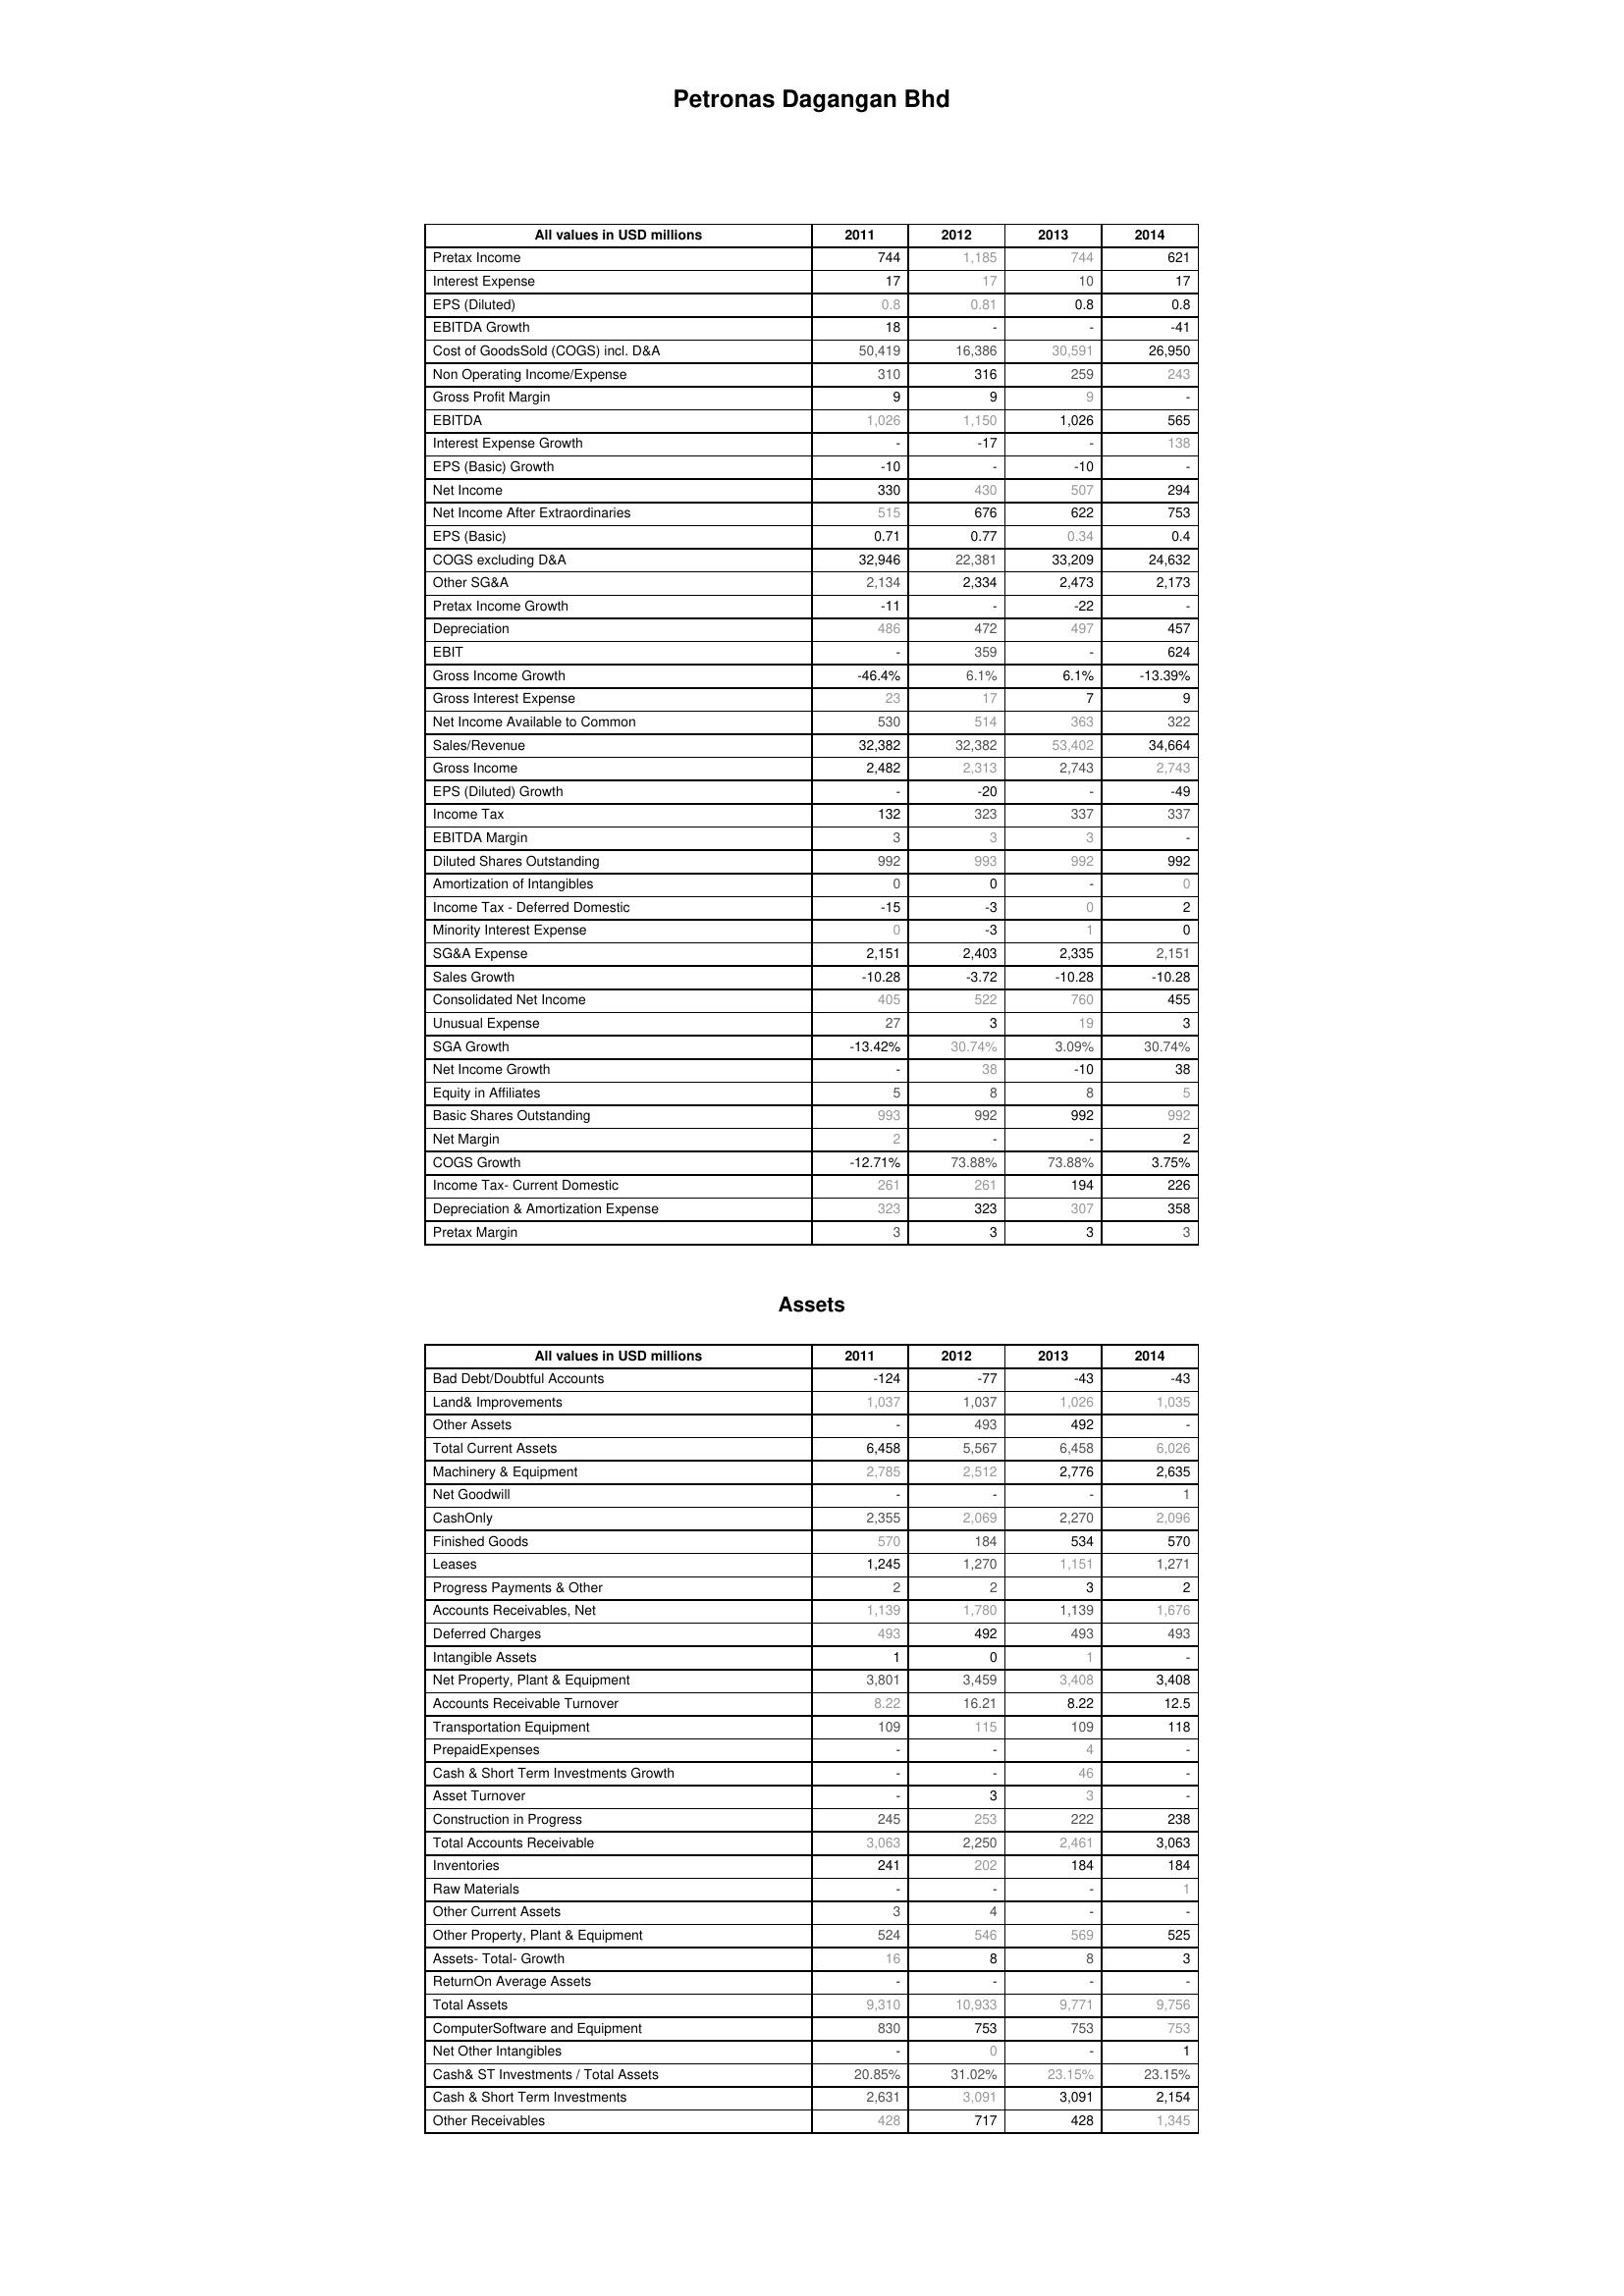
2011: : Pretax Income: 744
Interest Expense: 17
EPS (Diluted): 0.8
EBITDA Growth: 18
Cost of GoodsSold (COGS) incl. D&A: 50,419
Non Operating Income/Expense: 310
Gross Profit Margin: 9
EBITDA: 1,026
Interest Expense Growth: -
EPS (Basic) Growth: -10
Net Income: 330
Net Income After Extraordinaries: 515
EPS (Basic): 0.71
COGS excluding D&A: 32,946
Other SG&A: 2,134
Pretax Income Growth: -11
Depreciation: 486
EBIT: -
Gross Income Growth: -46.4%
Gross Interest Expense: 23
Net Income Available to Common: 530
Sales/Revenue: 32,382
Gross Income: 2,482
EPS (Diluted) Growth: -
Income Tax: 132
EBITDA Margin: 3
Diluted Shares Outstanding: 992
Amortization of Intangibles: 0
Income Tax - Deferred Domestic: -15
Minority Interest Expense: 0
SG&A Expense: 2,151
Sales Growth: -10.28
Consolidated Net Income: 405
Unusual Expense: 27
SGA Growth: -13.42%
Net Income Growth: -
Equity in Affiliates: 5
Basic Shares Outstanding: 993
Net Margin: 2
COGS Growth: -12.71%
Income Tax- Current Domestic: 261
Depreciation & Amortization Expense: 323
Pretax Margin: 3
Assets: Bad Debt/Doubtful Accounts: -124
Land& Improvements: 1,037
Other Assets: -
Total Current Assets: 6,458
Machinery & Equipment: 2,785
Net Goodwill: -
CashOnly: 2,355
Finished Goods: 570
Leases: 1,245
Progress Payments & Other: 2
Accounts Receivables, Net: 1,139
Deferred Charges: 493
Intangible Assets: 1
Net Property, Plant & Equipment: 3,801
Accounts Receivable Turnover: 8.22
Transportation Equipment: 109
PrepaidExpenses: -
Cash & Short Term Investments Growth: -
Asset Turnover: -
Construction in Progress: 245
Total Accounts Receivable: 3,063
Inventories: 241
Raw Materials: -
Other Current Assets: 3
Other Property, Plant & Equipment: 524
Assets- Total- Growth: 16
ReturnOn Average Assets: -
Total Assets: 9,310
ComputerSoftware and Equipment: 830
Net Other Intangibles: -
Cash& ST Investments / Total Assets: 20.85%
Cash & Short Term Investments: 2,631
Other Receivables: 428
2012: : Pretax Income: 1,185
Interest Expense: 17
EPS (Diluted): 0.81
EBITDA Growth: -
Cost of GoodsSold (COGS) incl. D&A: 16,386
Non Operating Income/Expense: 316
Gross Profit Margin: 9
EBITDA: 1,150
Interest Expense Growth: -17
EPS (Basic) Growth: -
Net Income: 430
Net Income After Extraordinaries: 676
EPS (Basic): 0.77
COGS excluding D&A: 22,381
Other SG&A: 2,334
Pretax Income Growth: -
Depreciation: 472
EBIT: 359
Gross Income Growth: 6.1%
Gross Interest Expense: 17
Net Income Available to Common: 514
Sales/Revenue: 32,382
Gross Income: 2,313
EPS (Diluted) Growth: -20
Income Tax: 323
EBITDA Margin: 3
Diluted Shares Outstanding: 993
Amortization of Intangibles: 0
Income Tax - Deferred Domestic: -3
Minority Interest Expense: -3
SG&A Expense: 2,403
Sales Growth: -3.72
Consolidated Net Income: 522
Unusual Expense: 3
SGA Growth: 30.74%
Net Income Growth: 38
Equity in Affiliates: 8
Basic Shares Outstanding: 992
Net Margin: -
COGS Growth: 73.88%
Income Tax- Current Domestic: 261
Depreciation & Amortization Expense: 323
Pretax Margin: 3
Assets: Bad Debt/Doubtful Accounts: -77
Land& Improvements: 1,037
Other Assets: 493
Total Current Assets: 5,567
Machinery & Equipment: 2,512
Net Goodwill: -
CashOnly: 2,069
Finished Goods: 184
Leases: 1,270
Progress Payments & Other: 2
Accounts Receivables, Net: 1,780
Deferred Charges: 492
Intangible Assets: 0
Net Property, Plant & Equipment: 3,459
Accounts Receivable Turnover: 16.21
Transportation Equipment: 115
PrepaidExpenses: -
Cash & Short Term Investments Growth: -
Asset Turnover: 3
Construction in Progress: 253
Total Accounts Receivable: 2,250
Inventories: 202
Raw Materials: -
Other Current Assets: 4
Other Property, Plant & Equipment: 546
Assets- Total- Growth: 8
ReturnOn Average Assets: -
Total Assets: 10,933
ComputerSoftware and Equipment: 753
Net Other Intangibles: 0
Cash& ST Investments / Total Assets: 31.02%
Cash & Short Term Investments: 3,091
Other Receivables: 717
2013: : Pretax Income: 744
Interest Expense: 10
EPS (Diluted): 0.8
EBITDA Growth: -
Cost of GoodsSold (COGS) incl. D&A: 30,591
Non Operating Income/Expense: 259
Gross Profit Margin: 9
EBITDA: 1,026
Interest Expense Growth: -
EPS (Basic) Growth: -10
Net Income: 507
Net Income After Extraordinaries: 622
EPS (Basic): 0.34
COGS excluding D&A: 33,209
Other SG&A: 2,473
Pretax Income Growth: -22
Depreciation: 497
EBIT: -
Gross Income Growth: 6.1%
Gross Interest Expense: 7
Net Income Available to Common: 363
Sales/Revenue: 53,402
Gross Income: 2,743
EPS (Diluted) Growth: -
Income Tax: 337
EBITDA Margin: 3
Diluted Shares Outstanding: 992
Amortization of Intangibles: -
Income Tax - Deferred Domestic: 0
Minority Interest Expense: 1
SG&A Expense: 2,335
Sales Growth: -10.28
Consolidated Net Income: 760
Unusual Expense: 19
SGA Growth: 3.09%
Net Income Growth: -10
Equity in Affiliates: 8
Basic Shares Outstanding: 992
Net Margin: -
COGS Growth: 73.88%
Income Tax- Current Domestic: 194
Depreciation & Amortization Expense: 307
Pretax Margin: 3
Assets: Bad Debt/Doubtful Accounts: -43
Land& Improvements: 1,026
Other Assets: 492
Total Current Assets: 6,458
Machinery & Equipment: 2,776
Net Goodwill: -
CashOnly: 2,270
Finished Goods: 534
Leases: 1,151
Progress Payments & Other: 3
Accounts Receivables, Net: 1,139
Deferred Charges: 493
Intangible Assets: 1
Net Property, Plant & Equipment: 3,408
Accounts Receivable Turnover: 8.22
Transportation Equipment: 109
PrepaidExpenses: 4
Cash & Short Term Investments Growth: 46
Asset Turnover: 3
Construction in Progress: 222
Total Accounts Receivable: 2,461
Inventories: 184
Raw Materials: -
Other Current Assets: -
Other Property, Plant & Equipment: 569
Assets- Total- Growth: 8
ReturnOn Average Assets: -
Total Assets: 9,771
ComputerSoftware and Equipment: 753
Net Other Intangibles: -
Cash& ST Investments / Total Assets: 23.15%
Cash & Short Term Investments: 3,091
Other Receivables: 428
2014: : Pretax Income: 621
Interest Expense: 17
EPS (Diluted): 0.8
EBITDA Growth: -41
Cost of GoodsSold (COGS) incl. D&A: 26,950
Non Operating Income/Expense: 243
Gross Profit Margin: -
EBITDA: 565
Interest Expense Growth: 138
EPS (Basic) Growth: -
Net Income: 294
Net Income After Extraordinaries: 753
EPS (Basic): 0.4
COGS excluding D&A: 24,632
Other SG&A: 2,173
Pretax Income Growth: -
Depreciation: 457
EBIT: 624
Gross Income Growth: -13.39%
Gross Interest Expense: 9
Net Income Available to Common: 322
Sales/Revenue: 34,664
Gross Income: 2,743
EPS (Diluted) Growth: -49
Income Tax: 337
EBITDA Margin: -
Diluted Shares Outstanding: 992
Amortization of Intangibles: 0
Income Tax - Deferred Domestic: 2
Minority Interest Expense: 0
SG&A Expense: 2,151
Sales Growth: -10.28
Consolidated Net Income: 455
Unusual Expense: 3
SGA Growth: 30.74%
Net Income Growth: 38
Equity in Affiliates: 5
Basic Shares Outstanding: 992
Net Margin: 2
COGS Growth: 3.75%
Income Tax- Current Domestic: 226
Depreciation & Amortization Expense: 358
Pretax Margin: 3
Assets: Bad Debt/Doubtful Accounts: -43
Land& Improvements: 1,035
Other Assets: -
Total Current Assets: 6,026
Machinery & Equipment: 2,635
Net Goodwill: 1
CashOnly: 2,096
Finished Goods: 570
Leases: 1,271
Progress Payments & Other: 2
Accounts Receivables, Net: 1,676
Deferred Charges: 493
Intangible Assets: -
Net Property, Plant & Equipment: 3,408
Accounts Receivable Turnover: 12.5
Transportation Equipment: 118
PrepaidExpenses: -
Cash & Short Term Investments Growth: -
Asset Turnover: -
Construction in Progress: 238
Total Accounts Receivable: 3,063
Inventories: 184
Raw Materials: 1
Other Current Assets: -
Other Property, Plant & Equipment: 525
Assets- Total- Growth: 3
ReturnOn Average Assets: -
Total Assets: 9,756
ComputerSoftware and Equipment: 753
Net Other Intangibles: 1
Cash& ST Investments / Total Assets: 23.15%
Cash & Short Term Investments: 2,154
Other Receivables: 1,345